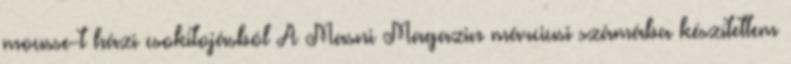
mousse-t házi csokitojásból A Masni Magazin márciusi számába készítettem